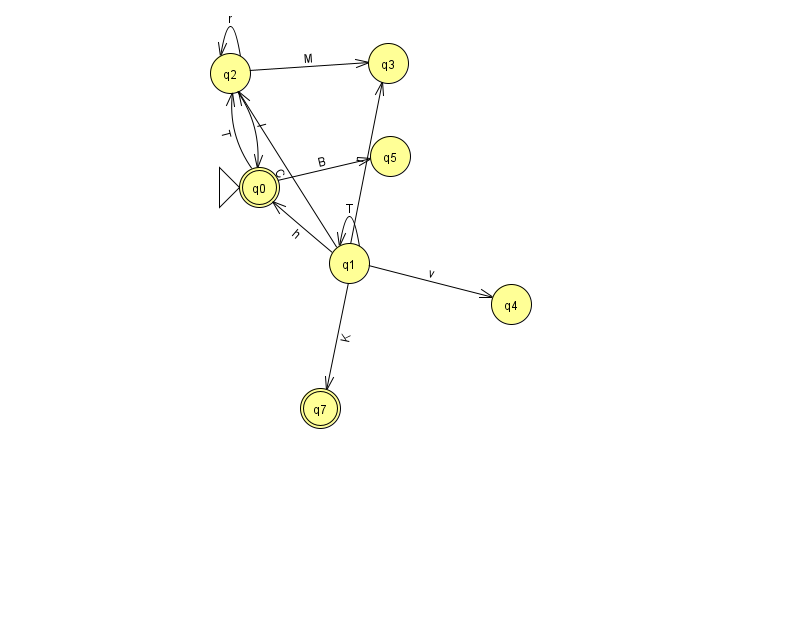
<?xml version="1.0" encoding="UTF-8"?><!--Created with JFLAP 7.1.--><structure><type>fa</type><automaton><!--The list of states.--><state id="0" name="q0"><x>259.0</x><y>174.0</y><initial/><final/></state><state id="1" name="q1"><x>349.0</x><y>250.0</y></state><state id="2" name="q2"><x>230.0</x><y>60.0</y></state><state id="3" name="q3"><x>388.0</x><y>50.0</y></state><state id="4" name="q4"><x>511.0</x><y>291.0</y></state><state id="5" name="q5"><x>390.0</x><y>143.0</y></state><state id="7" name="q7"><x>320.0</x><y>395.0</y><final/></state><!--The list of transitions.--><transition><from>1</from><to>7</to><read>K</read></transition><transition><from>2</from><to>2</to><read>r</read></transition><transition><from>0</from><to>5</to><read>B</read></transition><transition><from>1</from><to>1</to><read>T</read></transition><transition><from>1</from><to>0</to><read>h</read></transition><transition><from>2</from><to>0</to><read>l</read></transition><transition><from>1</from><to>2</to><read>C</read></transition><transition><from>1</from><to>4</to><read>v</read></transition><transition><from>2</from><to>3</to><read>M</read></transition><transition><from>1</from><to>3</to><read>r</read></transition><transition><from>0</from><to>2</to><read>T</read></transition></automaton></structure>